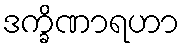
ဒက္ခိဏာရဟာ